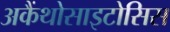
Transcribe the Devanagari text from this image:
अकैंथोसाइटोसिस